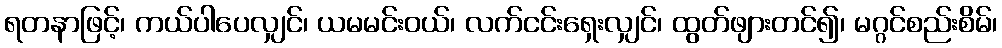
ရတနာဖြင့်၊ ကယ်ပါပေလျှင်၊ ယမမင်းဝယ်၊ လက်ငင်းရှေးလျှင်၊ ထွတ်ဖျားတင်၍၊ မဂ္ဂင်စည်းစိမ်၊